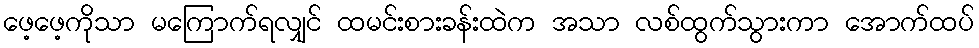
ဖေ့ဖေ့ကိုသာ မကြောက်ရလျှင် ထမင်းစားခန်းထဲက အသာ လစ်ထွက်သွားကာ အောက်ထပ်